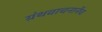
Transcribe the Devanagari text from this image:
ग्रंथवाचनानेंच